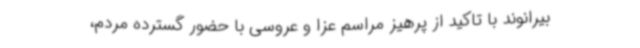
بیرانوند با تاکید از پرهیز مراسم عزا و عروسی با حضور گسترده مردم،